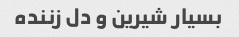
بسیار شیرین و دل زننده